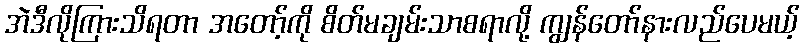
အဲဒီလိုကြားသိရတာ အတော့်ကို စိတ်မချမ်းသာစရာလို့ ကျွန်တော်နားလည်ပေမယ့်